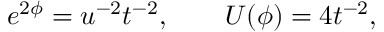
e ^ { 2 \phi } = u ^ { - 2 } t ^ { - 2 } , \qquad U ( \phi ) = 4 t ^ { - 2 } ,